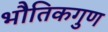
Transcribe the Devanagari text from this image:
भौतिकगुण